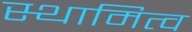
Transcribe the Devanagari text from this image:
स्थामित्व